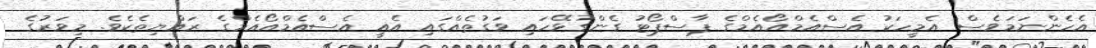
އެހެންނަަމަވެސް އެމީހަކު އެސްއެމްއޯއެމްގެ ޕާސްޕޯޓު ގެންގުޅޭހައި ވަގުތެއްގައި އެއީ އެސްއެމްއޯއެމްގެ ރައްޔިތެކެވެ. މިވަރުގެ